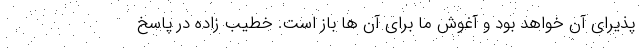
پذیرای آن خواهد بود و آغوش ما برای آن ها باز است. خطیب زاده در پاسخ